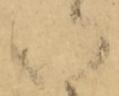
候